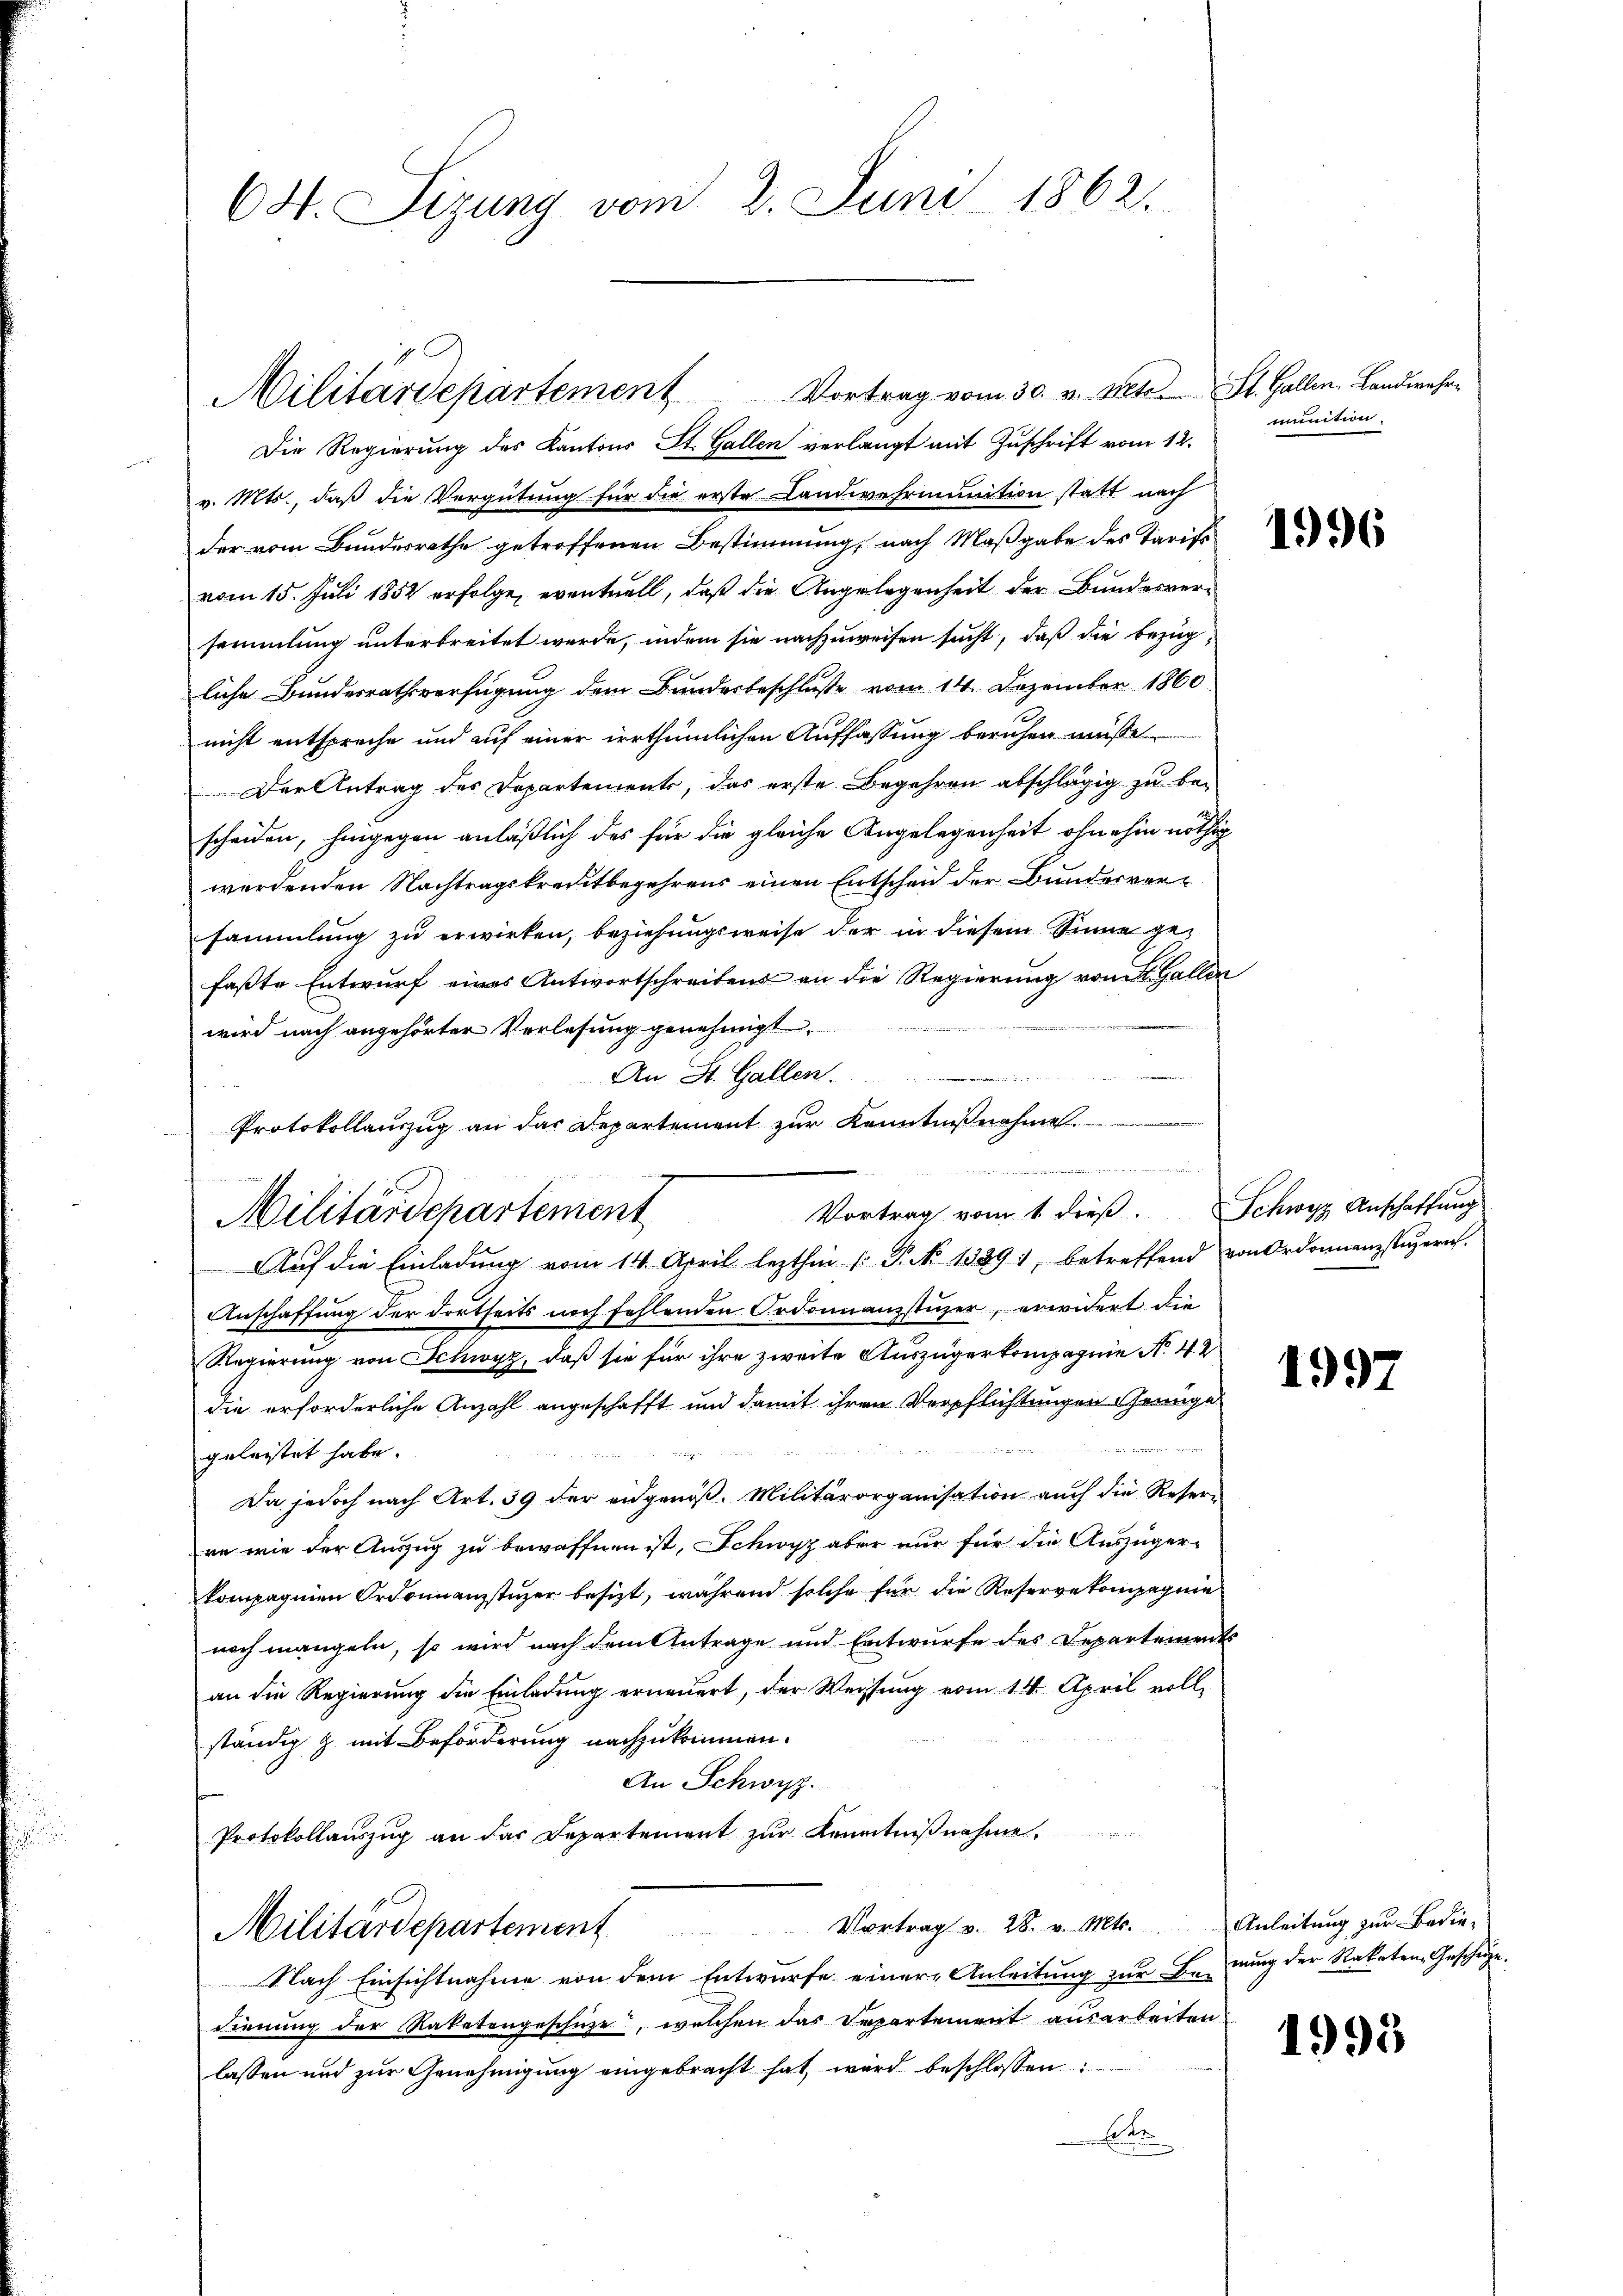
64. Sizung vom 2. Juni 1862.

Die Regierung des Kantons St. Gallen verlangt mit Zuschrift vom 12.
v. Mts., daß die Vergütung für die erste Landwehrmunition statt nach
der vom Bundesrathe getroffenen Bestimmung, nach Maßgabe des Tarifs
vom 15. Juli 1852 erfolge, eventuell, daß die Angelegenheit der Bundesversammlung unterbreitet werde, indem sie nachzuweisen sucht, daß die Bezugliche Bundesrathsverfügung dem Bundesbeschluße vom 14. Dezember 1860
nicht entspreche und auf einer irrthümlichen Auffassung beruhen müßt
Der Antrag des Departements, das erste Begehren abschlägig zu bescheiden, hingegen anläßlich des für die gleiche Angelegenheit ohnehin nöthig
werdenden Nachtragskreditbegehrens einen Entscheid der Bunderversammlung zu erwirken, beziehungsweise der in diesem Sinne gefaßte Entwurf eines Antwortschreibens an die Regierung vom St. Gallen
wird nach angehörter Verlesung genehmigt.
An St. Gallen.
Protokollauszug an das Departement zur Kenntnißnahmen.
Aŭf die Einladŭng vom 14. April lezthin (: P. No 1339), betreffend von Ordonnanzstŭzern.
Anschaffung der dortseits noch fehlenden Ordonnanzstüzer, erwidert die
Regierung von Schwyz, daß sie für ihre zweite Auszügerkompagnie No 42
die erforderliche Anzahl angeschafft und damit ihren Verpflichtungen Genüge
25
geleistet habe.
Da jedoch nach Art. 39 der engenoß. Militärorganisation auch die Reser-
re wie der Auszug zu bewaffnen ist, Schwyz aber nur für die Auszüger-
kompagnien Ordonnanzstüzer besizt, während solche für die Reservetompagnie
noch mangeln, so wird nach dem Antrage und Entwurfe des Departements
an die Regierung die Einladung erneuert, der Weisung vom 14. April voll
ständig & mit Beförderung nachzukommen.
An Schwyz.
Protokollauszug an das Departement zur Kenntnißnahme.
Vortrag v. 28. v. Mts. Anleitŭng zŭr Bedie-
Militärdepartement
Nach Einsichtnahme von dem Entwurfe einer Anleitung zur Benung der Raketen Geschüze.
dienung der Rakatengeschüze, welchen das Separtement ausarbeiten.
lassen und zur Genehmigung eingebracht hat, wird beschlossen:
Ete

Militärdepartement

Militärdepartement

Vortrag vom 30. v. Mts. St. Gallen, Landwehr¬
2

Vortrag vom 1. dieβ. Schwyz Anschaffŭng

munition.

1996

1997

1995